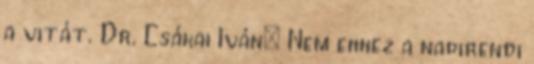
a vitát. Dr. Csákai Iván: Nem ehhez a napirendi